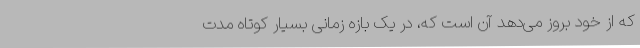
که از خود بروز می‌دهد آن است که، در یک بازه زمانی بسیار کوتاه مدت